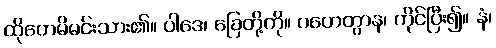
ထိုတေမိမင်းသား၏။ ပါဒေ၊ ခြေတို့ကို။ ဂဟေတွာန၊ ကိုင်ပြီး၍။ နံ၊